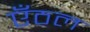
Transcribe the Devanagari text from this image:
एँठल